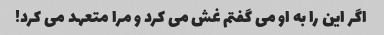
اگر این را به او می گفتم غش می کرد و مرا متعهد می کرد!